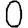
Digit: 0